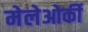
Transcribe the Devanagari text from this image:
मेलेओर्की